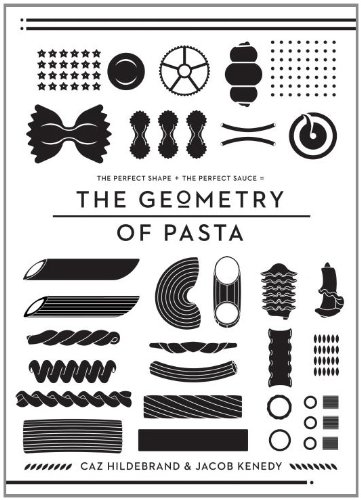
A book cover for The Geometry of Pasta; Caz Hildebrand; Cookbooks, Food & Wine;